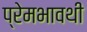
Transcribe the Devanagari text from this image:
प्रेमभावथी